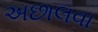
અછાલવા